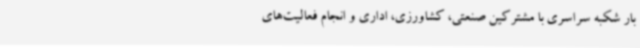
بار شکبه سراسری با مشترکین صنعتی، کشاورزی، اداری و انجام فعالیت‌های